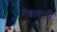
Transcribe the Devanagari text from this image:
देशलजी